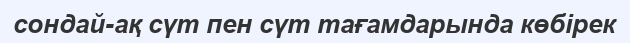
сондай-ақ сүт пен сүт тағамдарында көбірек